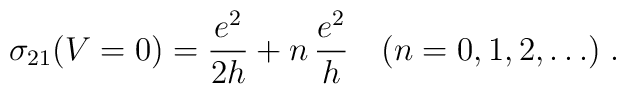
\sigma_{21}(V=0) = \frac{e^2}{2h} + n \,\frac{e^2}{h}  \quad (n=0,1,2,\ldots)  \; .